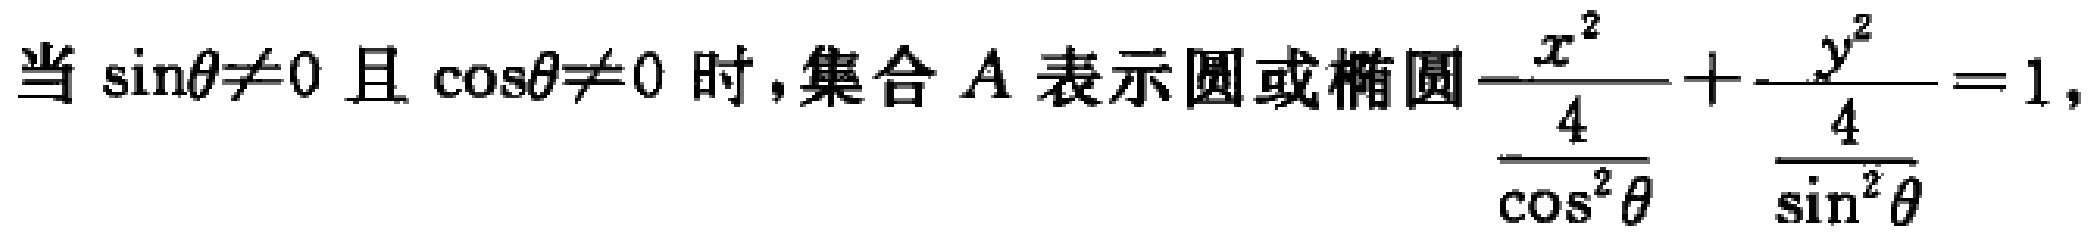
当$\sin\theta\neq0$且$\cos\theta\neq0$时,集合$A$表示圆或椭圆$\dfrac{x^{2}}{\dfrac{4}{\cos^{2}\theta}}+\dfrac{y^{2}}{\dfrac{4}{\sin^{2}\theta}} = 1$,